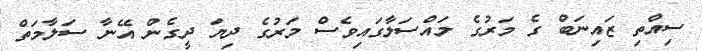
ސިއްތި ޒައިނަބް ގެ މަރުގެ މައްސަލާގައިވެސް މަރުގެ ދިޔަ ދީގެން އޭނާ ސަލާމަތް